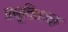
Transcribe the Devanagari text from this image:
प्रसूतितज्‍ज्ञ